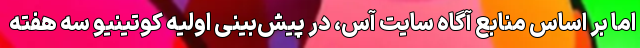
اما بر اساس منابع آگاه سایت آس، در پیش‌بینی اولیه کوتینیو سه هفته